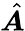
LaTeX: \hat{\boldsymbol A}